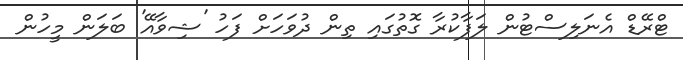
ޓްރޭޑް އެނަލިސްޓުން ލަފާކުރާ ގޮތުގައި ތިން ދުވަހަށް ފަހު 'ޝިވާއޭ' ބަލަން މީހުން